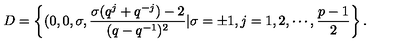
D = \left\{ ( 0 , 0 , \sigma , \frac { \sigma ( q ^ { j } + q ^ { - j } ) - 2 } { ( q - q ^ { - 1 } ) ^ { 2 } } \vert \sigma = \pm 1 , j = 1 , 2 , \cdots , \frac { p - 1 } { 2 } \right\} .